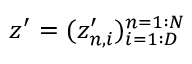
z ^ { \prime } = ( z _ { n , i } ^ { \prime } ) _ { i = 1 : D } ^ { n = 1 : N }